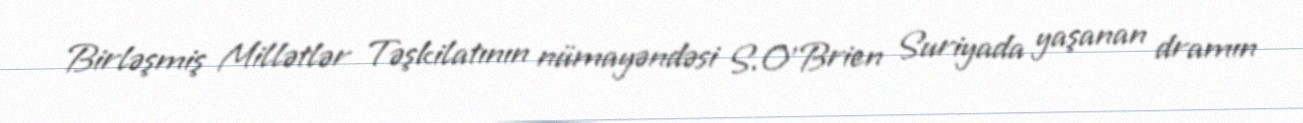
Birləşmiş Millətlər Təşkilatının nümayəndəsi S.O'Brien Suriyada yaşanan dramın